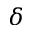
\delta